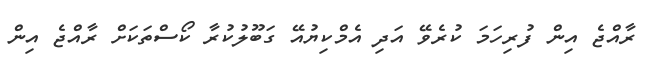
ރާއްޖެ އިން ފުރިހަމަ ކުރެވޭ އަދި އެމްކިޔުއޭ ގަބޫލުކުރާ ކޯސްތަކަށް ރާއްޖެ އިން